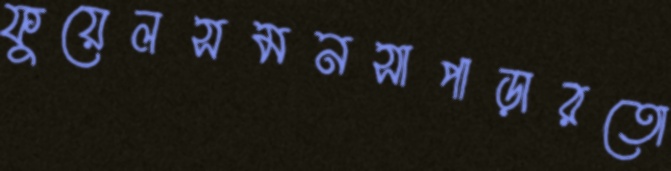
ফুয়েলসমনসাপাড়ারতো